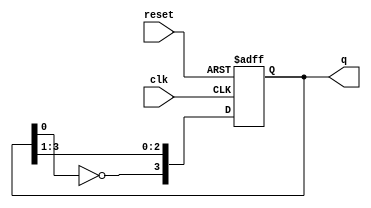
module johnson_counter (
    input wire clk,          // Clock input
    input wire reset,        // Asynchronous reset input
    output reg [3:0] q       // 4-bit output (for a 4-stage Johnson counter)
);

    // Always block triggered on the rising edge of the clock or reset
    always @(posedge clk or posedge reset) begin
        if (reset) begin
            q <= 4'b0000;    // Reset the counter to 0000
        end else begin
            // Johnson counter logic
            q[3] <= ~q[0];    // Feedback from the last flip-flop (inverted)
            q[2] <= q[3];     // Shift the state
            q[1] <= q[2];     // Shift the state
            q[0] <= q[1];     // Shift the state
        end
    end

endmodule